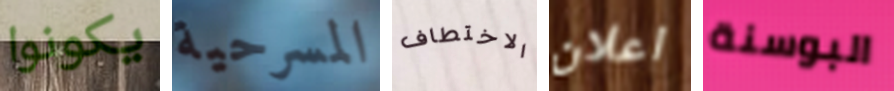
يكونوا المسرحية الاختطاف اعلان البوسنة